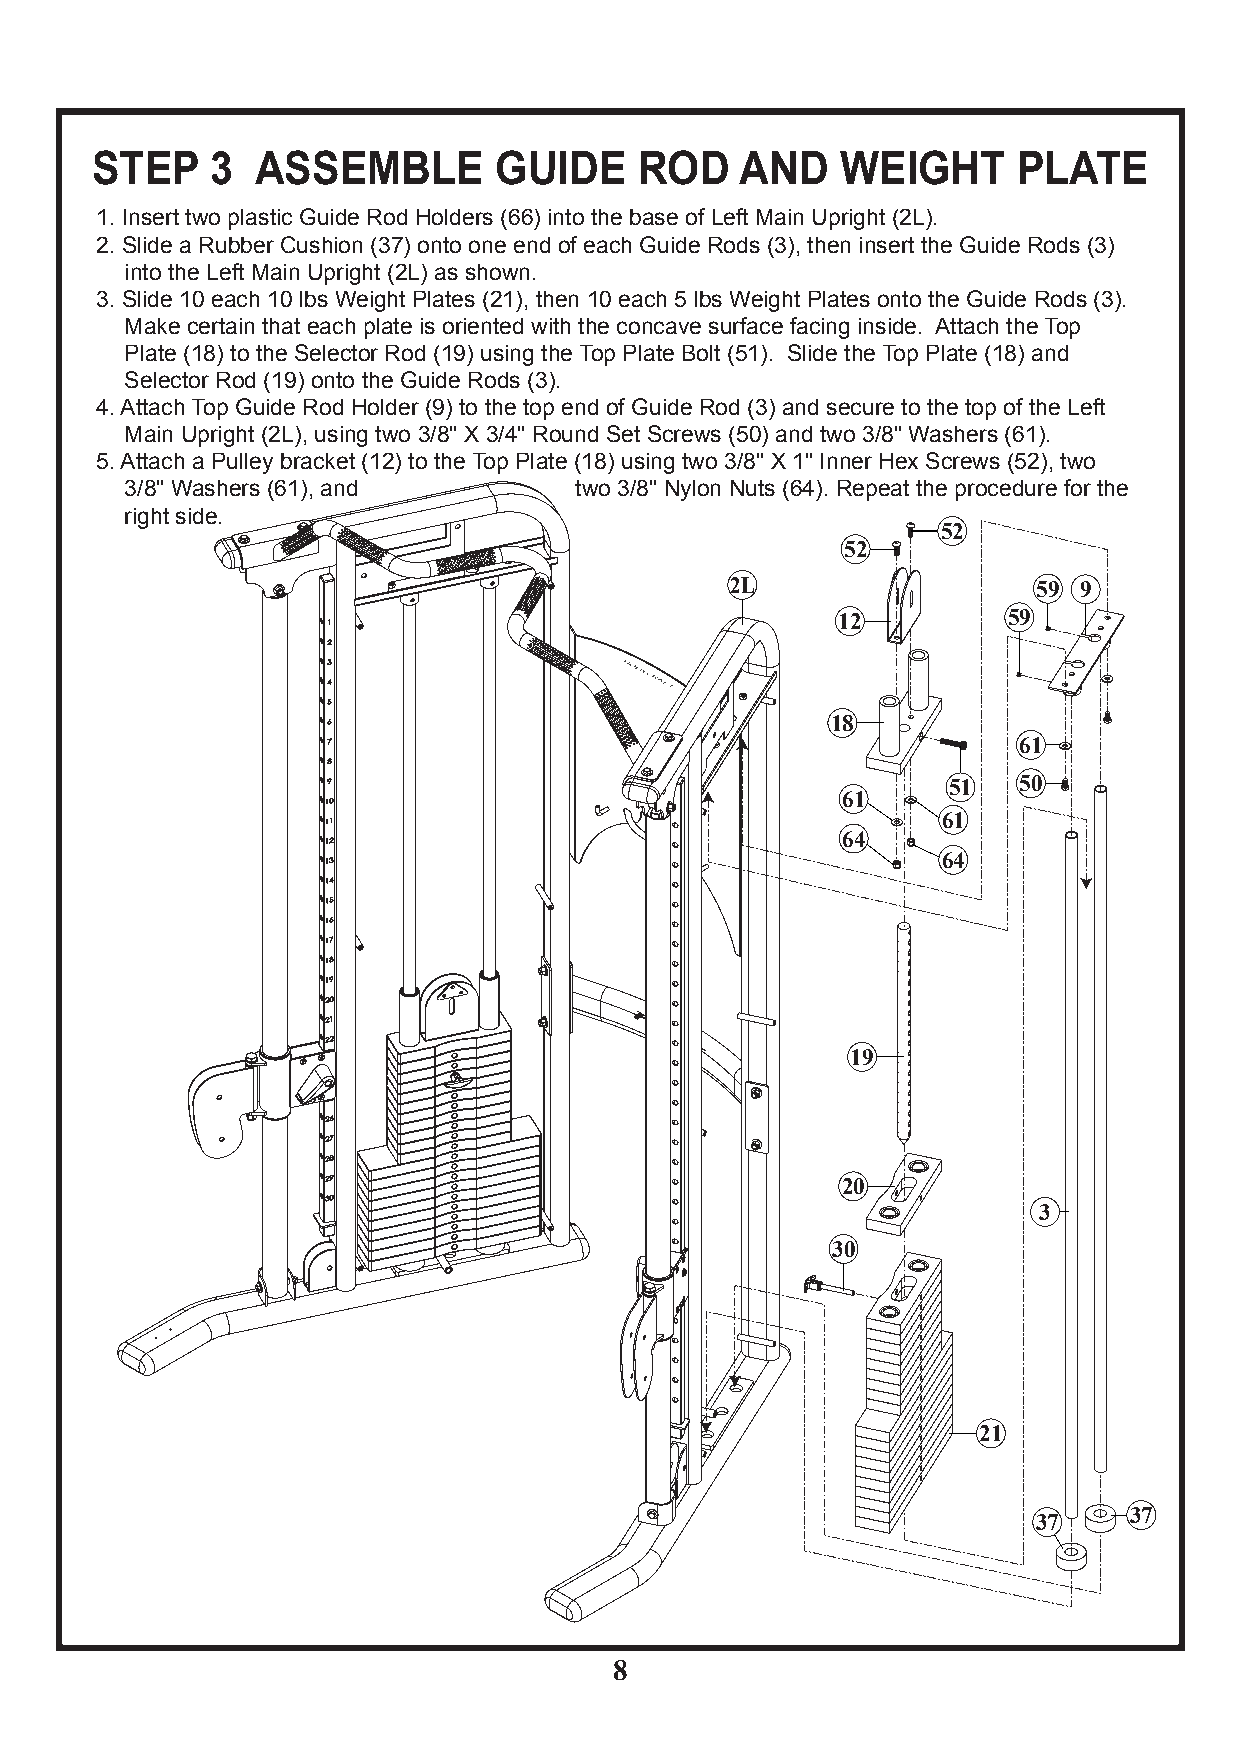
STEP    3  ASSEMBLE        GUIDE    ROD    AND    WEIGHT     PLATE
 1. Insert two plastic Guide Rod Holders (66) into the base of Left Main Upright (2L).
 2. Slide a Rubber Cushion (37) onto one end of each Guide Rods (3), then insert the Guide Rods (3)
 into the Left Main Upright (2L) as shown.
 3. Slide 10 each 10 lbs Weight Plates (21), then 10 each 5 lbs Weight Plates onto the Guide Rods (3).
 Make certain that each plate is oriented with the concave surface facing inside. Attach the Top
 Plate (18) to the Selector Rod (19) using the Top Plate Bolt (51). Slide the Top Plate (18) and
 Selector Rod (19) onto the Guide Rods (3).
 4. Attach Top Guide Rod Holder (9) to the top end of Guide Rod (3) and secure to the top of the Left
 Main Upright (2L), using two 3/8" X 3/4" Round Set Screws (50) and two 3/8" Washers (61).
 5. Attach a Pulley bracket (12) to the Top Plate (18) using two 3/8" X 1" Inner Hex Screws (52), two
 3/8" Washers (61), and        two 3/8" Nylon Nuts (64). Repeat the procedure for the
 right side.
 52
 52
 2L                   59 9
 12          59
 18
 61
 51  50
 61
 61
 64
 64
 19
 20
 3
 30
 21
 37
 37
 8